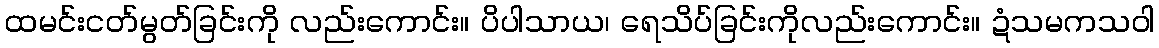
ထမင်းငတ်မွတ်ခြင်းကို လည်းကောင်း။ ပိပါသာယ၊ ရေသိပ်ခြင်းကိုလည်းကောင်း။ ဍံသမကသဝါ